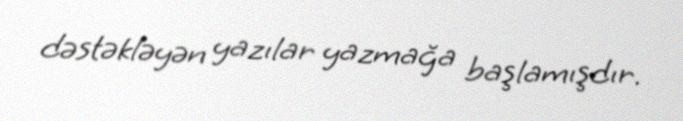
dəstəkləyən yazılar yazmağa başlamışdır.